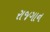
રાજગાન